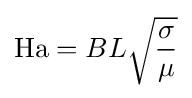
\mathrm {Ha} =BL{\sqrt {\frac {\sigma }{\mu }}}